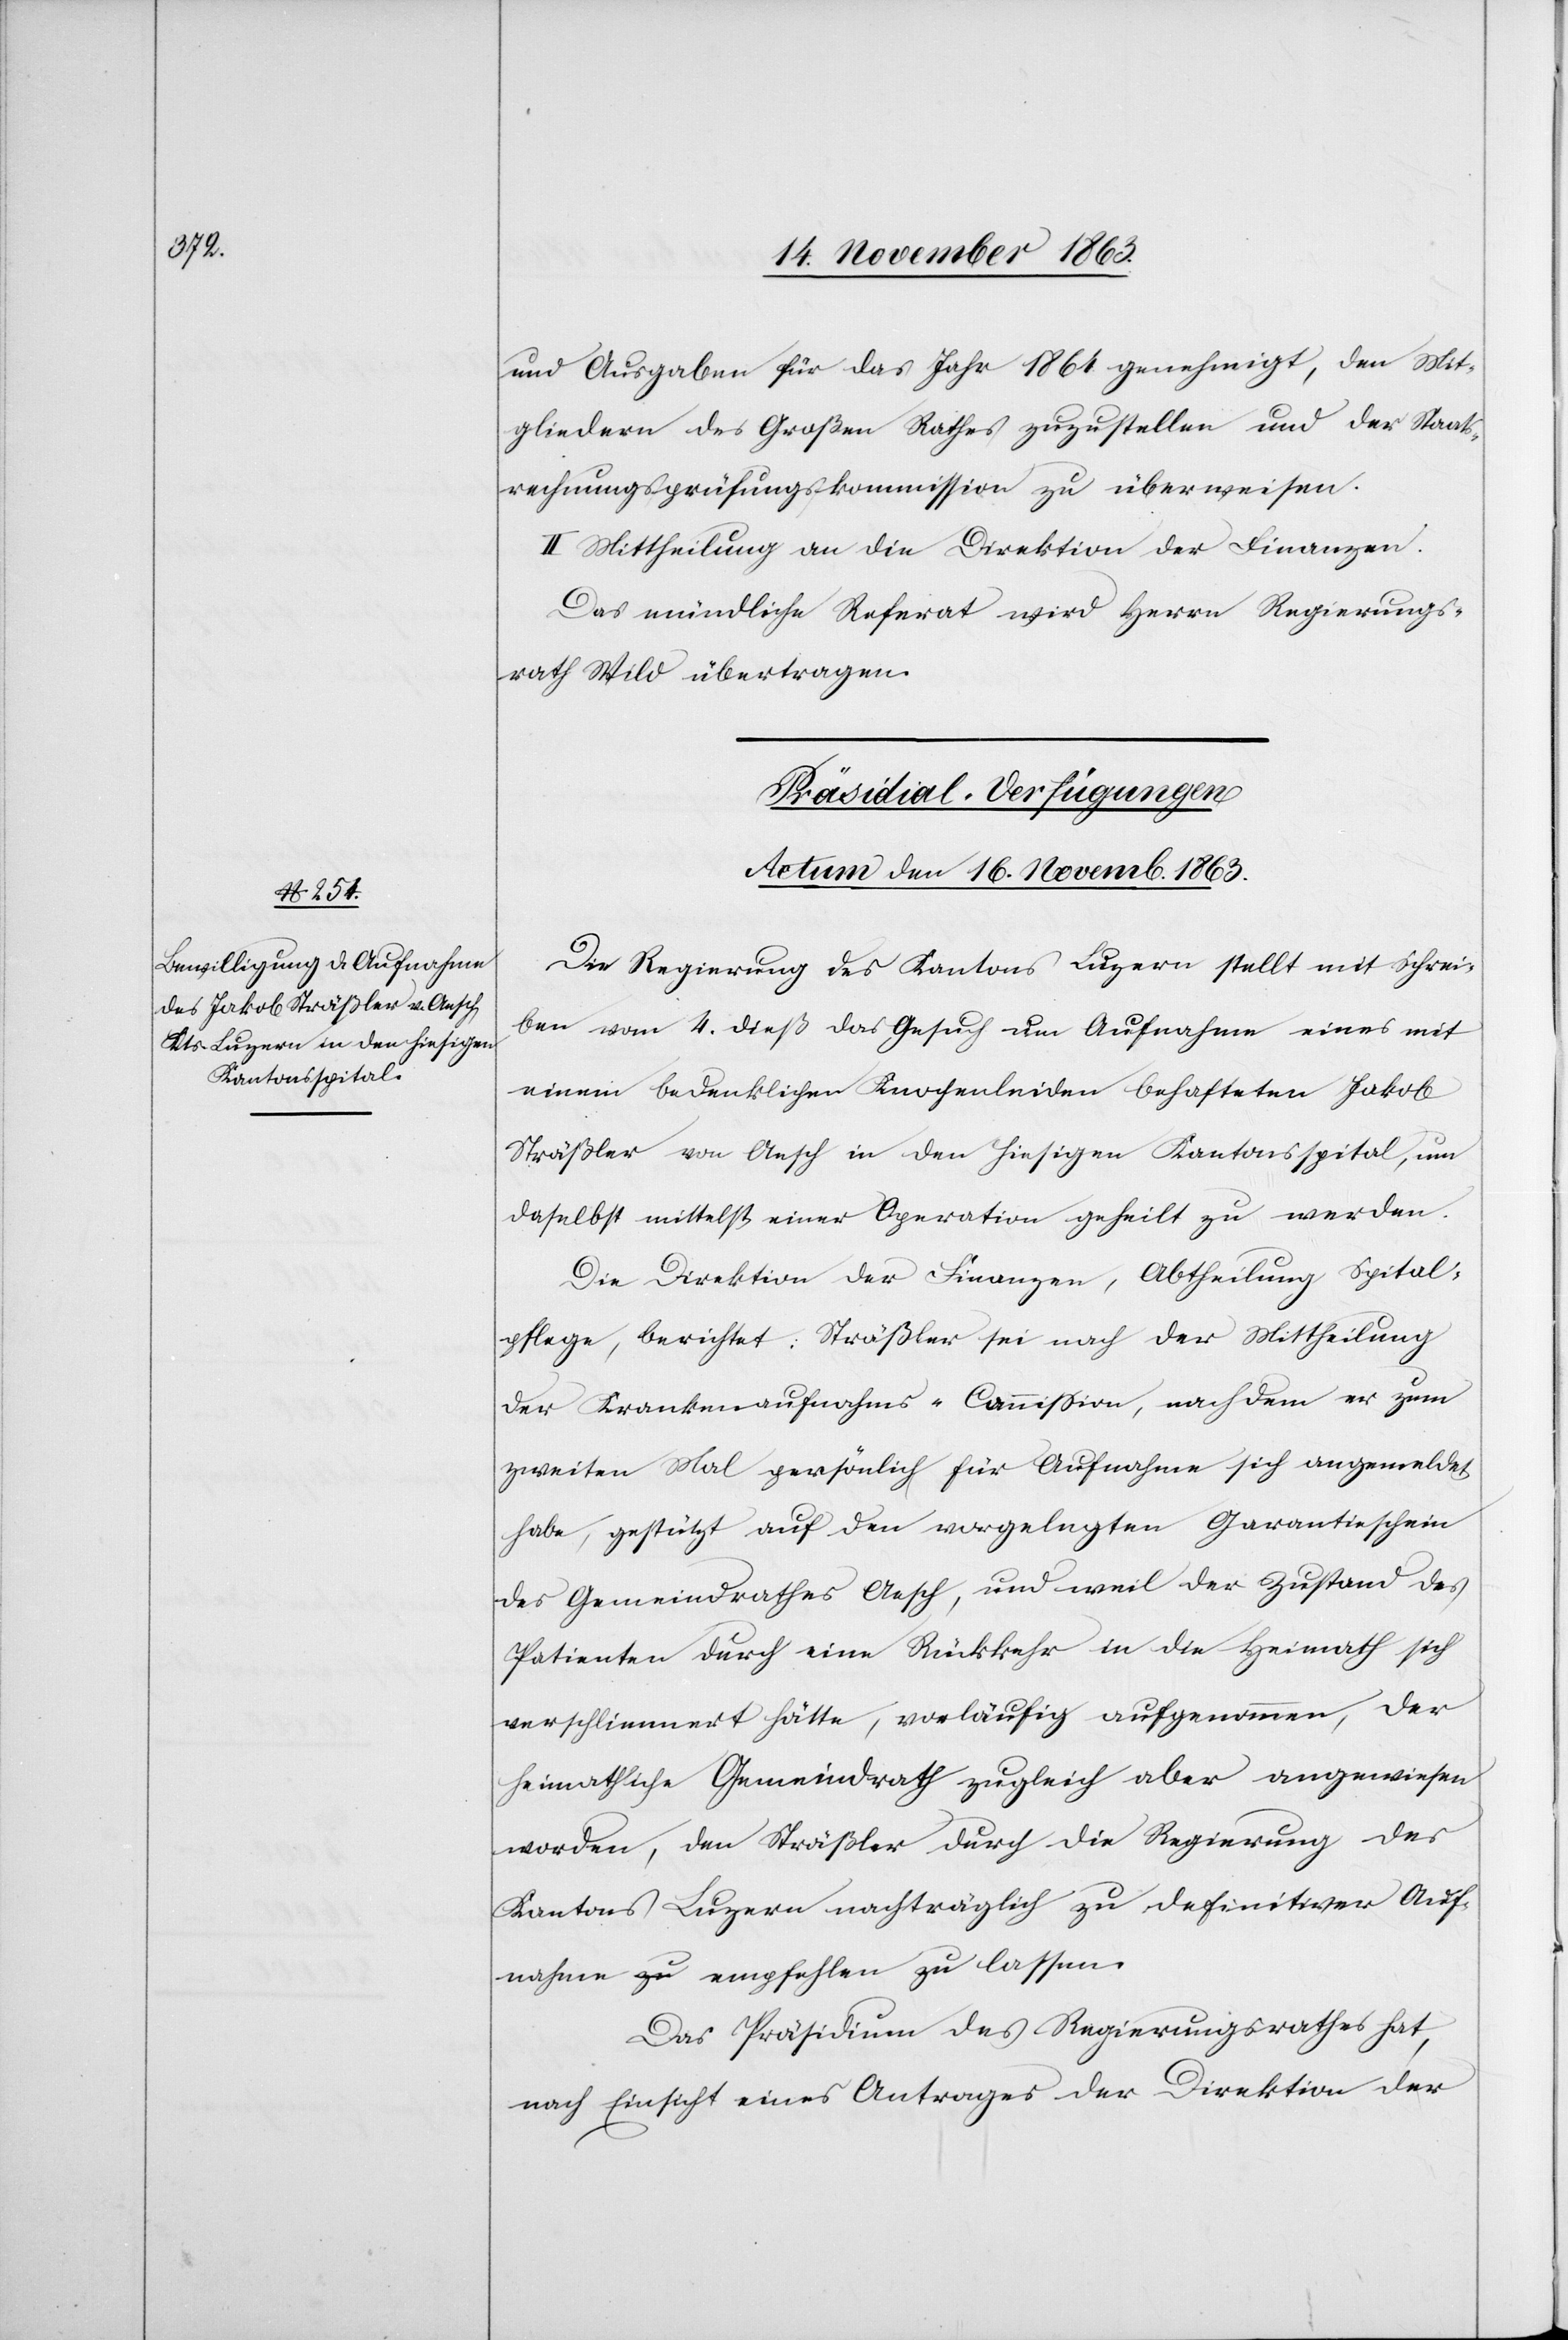
und Ausgaben für das Jahr 1864 genehmigt, den Mit¬
gliedern des Großen Rathes zuzustellen und der Staats¬
rechnungsprüfungskommission zu überweisen.
II Mittheilung an die Direktion der Finanzen.
Das mündliche Referat wird Herrn Regierungs¬
rath Wild übertragen.
Präsidial-Verfügungen
Actum den 16. Novemb. 1863.
Die Regierung des Kantons Luzern stellt mit Schrei¬
ben vom 4. dieß das Gesuch um Aufnahme eines mit
einem bedenklichen Knochenleiden behafteten Jakob
Sträßler von Aesch in den hiesigen Kantonsspital, um
daselbst mittelst einer Operation geheilt zu werden.
Die Direktion der Finanzen, Abtheilung Spital¬
pflege, berichtet: Sträßler sei nach der Mittheilung
der Krankenaufnahms-Commission, nach dem er zum
zweiten Mal persönlich für Aufnahme sich angemeldet
habe, gestützt auf den vorgelegten Garantieschein
des Gemeindrathes Aesch, und weil der Zustand des
Patienten durch eine Rückkehr in die Heimath sich
verschlimmert hätte, vorläufig aufgenommen, der
heimathliche Gemeindrath zugleich aber angewiesen
worden, den Sträßler durch die Regierung des
Kantons Luzern nachträglich zu definitiver Auf¬
nahme empfehlen zu lassen.
Das Präsidium des Regierungsrathes hat,
nach Einsicht eines Antrages der Direktion der